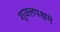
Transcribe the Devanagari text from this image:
शुक्लपक्षमे